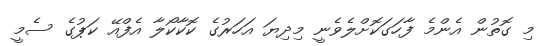
މި ގޮތުން އެންމެ ފާހަގަކޮށްލެވެނީ މިދިޔަ އަހަރުގެ ކޮކާކޯލާ އެފްއޭ ކަޕުގެ ސެމީ